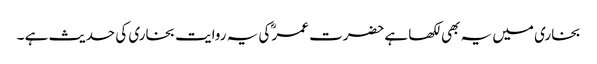
بخاری میں یہ بھی لکھا ہےحضرت عمر ؓکی یہ روایت بخاری کی حدیث ہے ۔